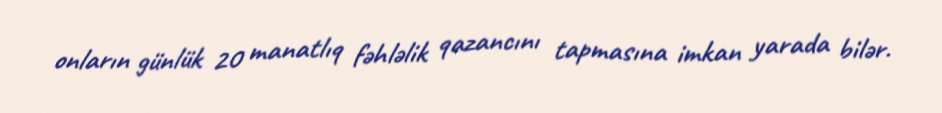
onların günlük 20 manatlıq fəhləlik qazancını tapmasına imkan yarada bilər.